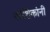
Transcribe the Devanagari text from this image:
कोशिकांनी